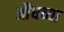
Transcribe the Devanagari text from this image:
औंधच्या